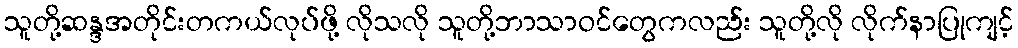
သူတို့ဆန္ဒအတိုင်းတကယ်လုပ်ဖို့ လိုသလို သူတို့ဘာသာဝင်တွေကလည်း သူတို့လို လိုက်နာပြုကျင့်